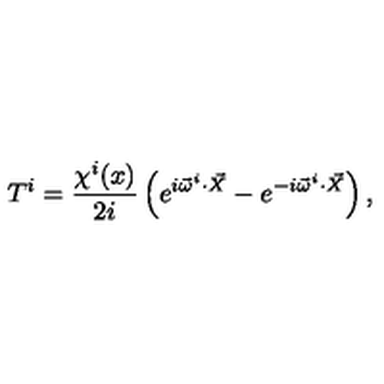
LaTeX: T ^ { i } = \frac { \chi ^ { i } ( x ) } { 2 i } \left( e ^ { i \vec { \omega } ^ { i } \cdot \vec { X } } - e ^ { - i \vec { \omega } ^ { i } \cdot \vec { X } } \right) ,